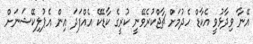
އޭނާ ވިދާޅުވީ އެކާޑް ހެދުމަށް ޗާޖްކުރެވޭނީ ކުރީގެ ކާޑެކޭ އެއްފަދަ އިން އެޕުލިކޭޝަނަށް